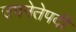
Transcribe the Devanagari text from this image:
उपनेतेपदी